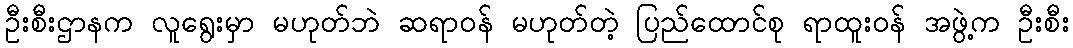
ဦးစီးဌာနက လူရွေးမှာ မဟုတ်ဘဲ ဆရာဝန် မဟုတ်တဲ့ ပြည်ထောင်စု ရာထူးဝန် အဖွဲ့က ဦးစီး